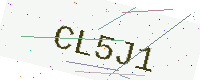
Text: CL5J1